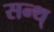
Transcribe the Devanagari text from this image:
सन्थ्